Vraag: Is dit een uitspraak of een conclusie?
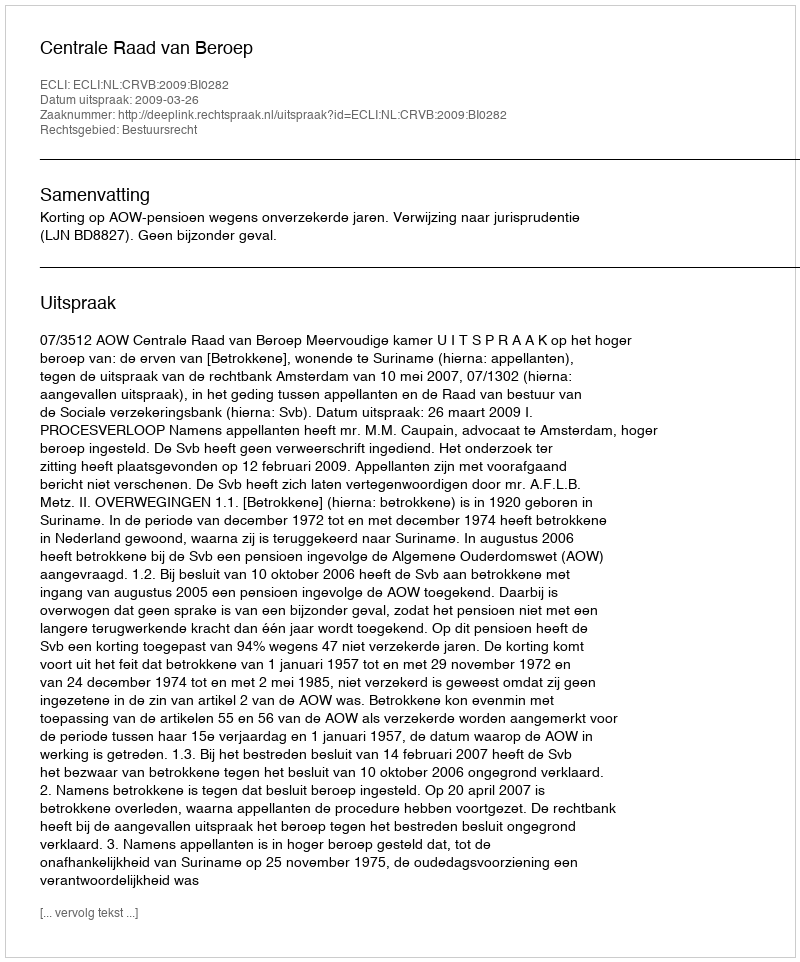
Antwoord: Uitspraak